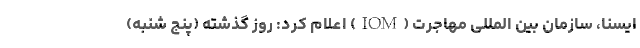
ایسنا، سازمان بین المللی مهاجرت (IOM) اعلام کرد: روز گذشته (پنج شنبه)